Document type: Sale
Year: 1305
Scribe: Bernat de Vilarúbia
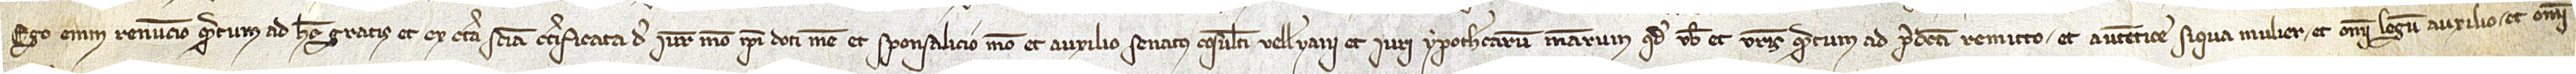
Ego enim renuncio quantum ad hec gratis et ex certa sciencia, certificata de iure meo, ipsi doti mee et sponsalicio meo, et auxilio senatus consulti Velleyani, et iuri ypothecarum mearum, quod vobis et vestris quantum ad predictu remitto, et autentice “Si qua mulier”, et omni legum auxilio et omni